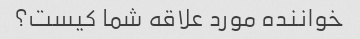
خواننده مورد علاقه شما کیست؟